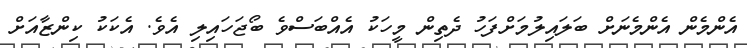
އެންމެން އެންމެނަށް ބަލައިލުމަށްފަހު ދެތިން މީހަކު އެއްބަސްވެ ބޯޖަހައިލި އެވެ. އެކަކު ކިންޒާއަށް